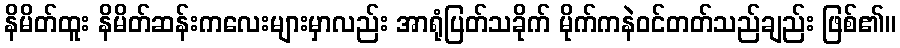
နိမိတ်ထူး နိမိတ်ဆန်းကလေးများမှာလည်း အာရုံပြတ်သခိုက် မိုက်ကနဲဝင်တတ်သည်ချည်း ဖြစ်၏။